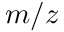
m / z